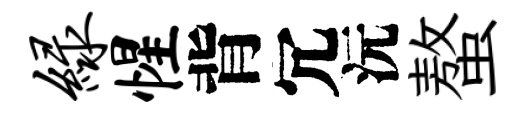
绿惺背冗沅螯